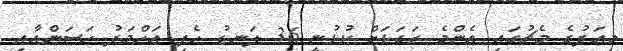
މިއަދުގެ މެޗުގައި އެންމެ ރަގަޅަށް ކުޅުނީ 36 ލަނޑު ހެދި އަހްމަދު ހަސަންއާއި